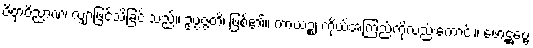
ဇိဝှာဝိညာဏံ၊ လျှာဖြင့်သိခြင်းသည်။ ဥပ္ပဇ္ဇတိ၊ ဖြစ်၏။ ကာယဉ္စ၊ ကိုယ်အကြည်ကိုလည်းကောင်း။ ဖောဋ္ဌဗ္ဗေ